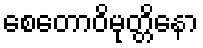
စေတောဝိမုတ္တိနော